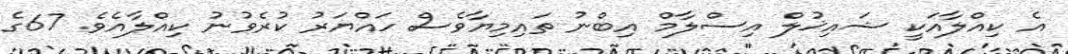
އެ ކިއްލާއަކީ ޝައިޚުލް އިސްލާމް އިބްނު ތައިމިޔާވެސް ހައްޔަރު ކުރެވުނު ކިއްލާއެވެ. 67ގެ